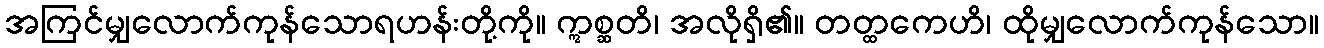
အကြင်မျှလောက်ကုန်သောရဟန်းတို့ကို။ ဣစ္ဆတိ၊ အလိုရှိ၏။ တတ္ထကေဟိ၊ ထိုမျှလောက်ကုန်သော။